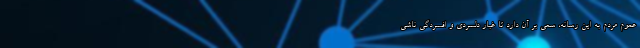
عموم مردم به این رسانه، سعی بر آن دارد تا غبار دلسردی و افسردگی ناشی